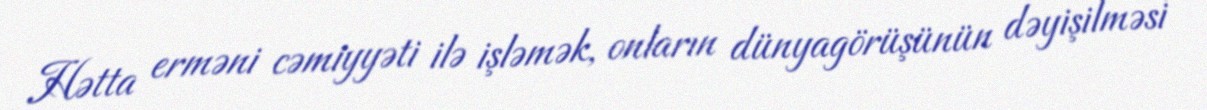
Hətta erməni cəmiyyəti ilə işləmək, onların dünyagörüşünün dəyişilməsi